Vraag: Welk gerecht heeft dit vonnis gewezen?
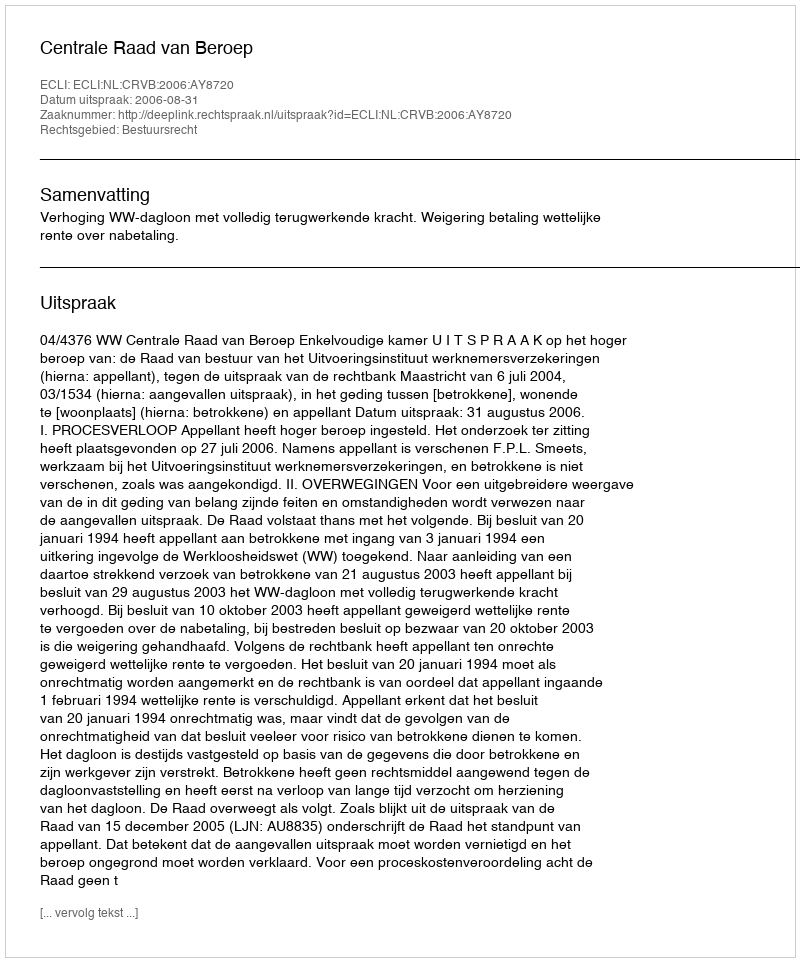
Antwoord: Centrale Raad van Beroep